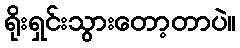
ရိုးရှင်းသွားတော့တာပဲ။